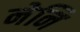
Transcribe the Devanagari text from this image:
नेनि